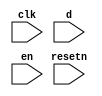
//copilot mean_prob: 0.47776843587527246
//This file was assembled by gen.py, written by redactedAuthorFirstname redactedAuthorLastname.
module jtag
(
    input clk,
    input resetn,
    input d,
    input en
);

reg lock_jtag_status;

//set lock_jtag high when d and en are high
//-copilot next line-
//copilot mean_prob: 0.47776843587527246

reg lock_jtag_high;
reg lock_jtag_low;



endmodule